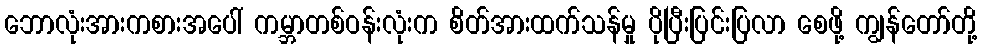
ဘောလုံးအားကစားအပေါ် ကမ္ဘာတစ်ဝန်းလုံးက စိတ်အားထက်သန်မှု ပိုပြီးပြင်းပြလာ စေဖို့ ကျွန်တော်တို့